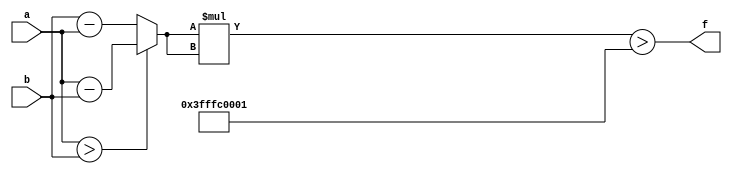
module maxse_mit(a, b, f);
parameter _bit = 33;
parameter maxse = 17179607041;
input [_bit - 1: 0] a;
input [_bit - 1: 0] b;
output f;
wire [_bit - 1: 0] diff;
wire [_bit * 2 - 1: 0] se;
assign diff = (a > b)? (a - b): (b - a);
assign se = diff * diff;
assign f = (se > maxse);
endmodule